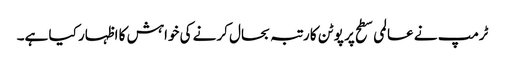
ٹرمپ نے عالمی سطح پر پوٹن کا رتبہ بحال کرنے کی خواہش کا اظہار کیا ہے۔